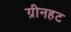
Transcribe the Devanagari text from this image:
ग्रीनहट